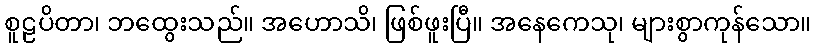
စူဠပိတာ၊ ဘထွေးသည်။ အဟောသိ၊ ဖြစ်ဖူးပြီ။ အနေကေသု၊ များစွာကုန်သော။